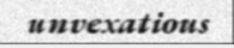
unvexatious